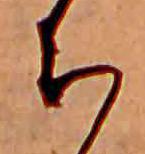
ち